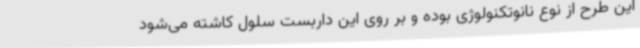
این طرح از نوع نانوتکنولوژی بوده و بر روی این داربست سلول کاشته می‌شود